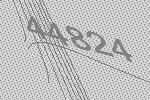
44824